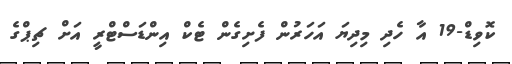
ކޮވިޑް-19 އާ ހެދި މިދިޔަ އަހަރުން ފެށިގެން ޓެކް އިންޑަސްޓްރީ އަށް ޗިޕްގެ